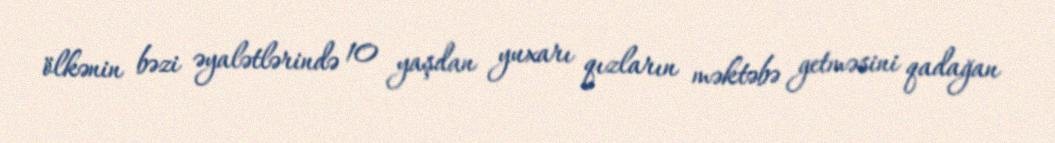
ölkənin bəzi əyalətlərində 10 yaşdan yuxarı qızların məktəbə getməsini qadağan